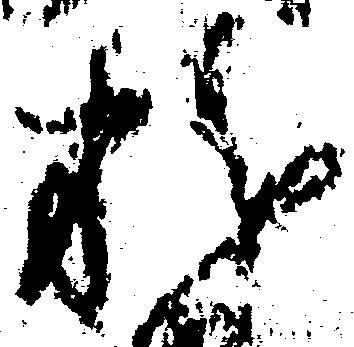
粉